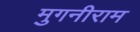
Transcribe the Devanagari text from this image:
मुगनीराम